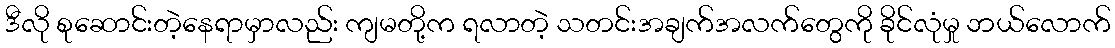
ဒီလို စုဆောင်းတဲ့နေရာမှာလည်း ကျမတို့က ရလာတဲ့ သတင်းအချက်အလက်တွေကို ခိုင်လုံမှု ဘယ်လောက်